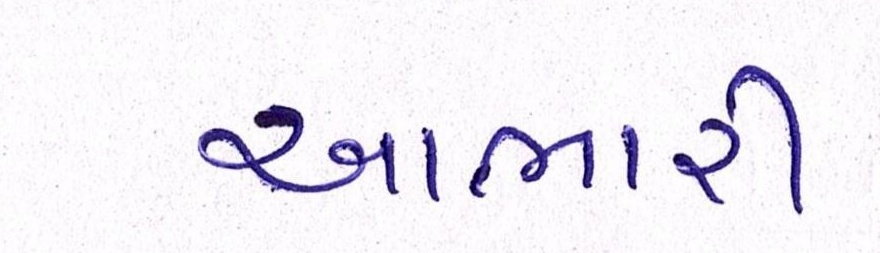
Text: આભારી